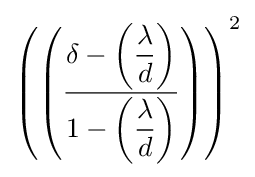
\left(\left({\dfrac {\delta -\left({\dfrac {\lambda }{d}}\right)}{1-\left({\dfrac {\lambda }{d}}\right)}}\right)\right)^{2}